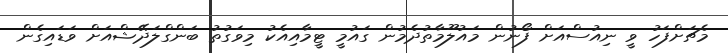
މެޗަށްފަހު ވީ ނިއުސްއަށް ފޯނުން މައުލޫމާތުދެމުން ގައުމީ ޓީމާއިއެކު މިވަގުތު ބަންގްލަދޭޝްއަށް ވަޑައިގެން